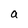
Character: a